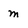
Character: m